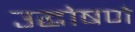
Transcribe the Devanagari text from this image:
उद्घोषणे